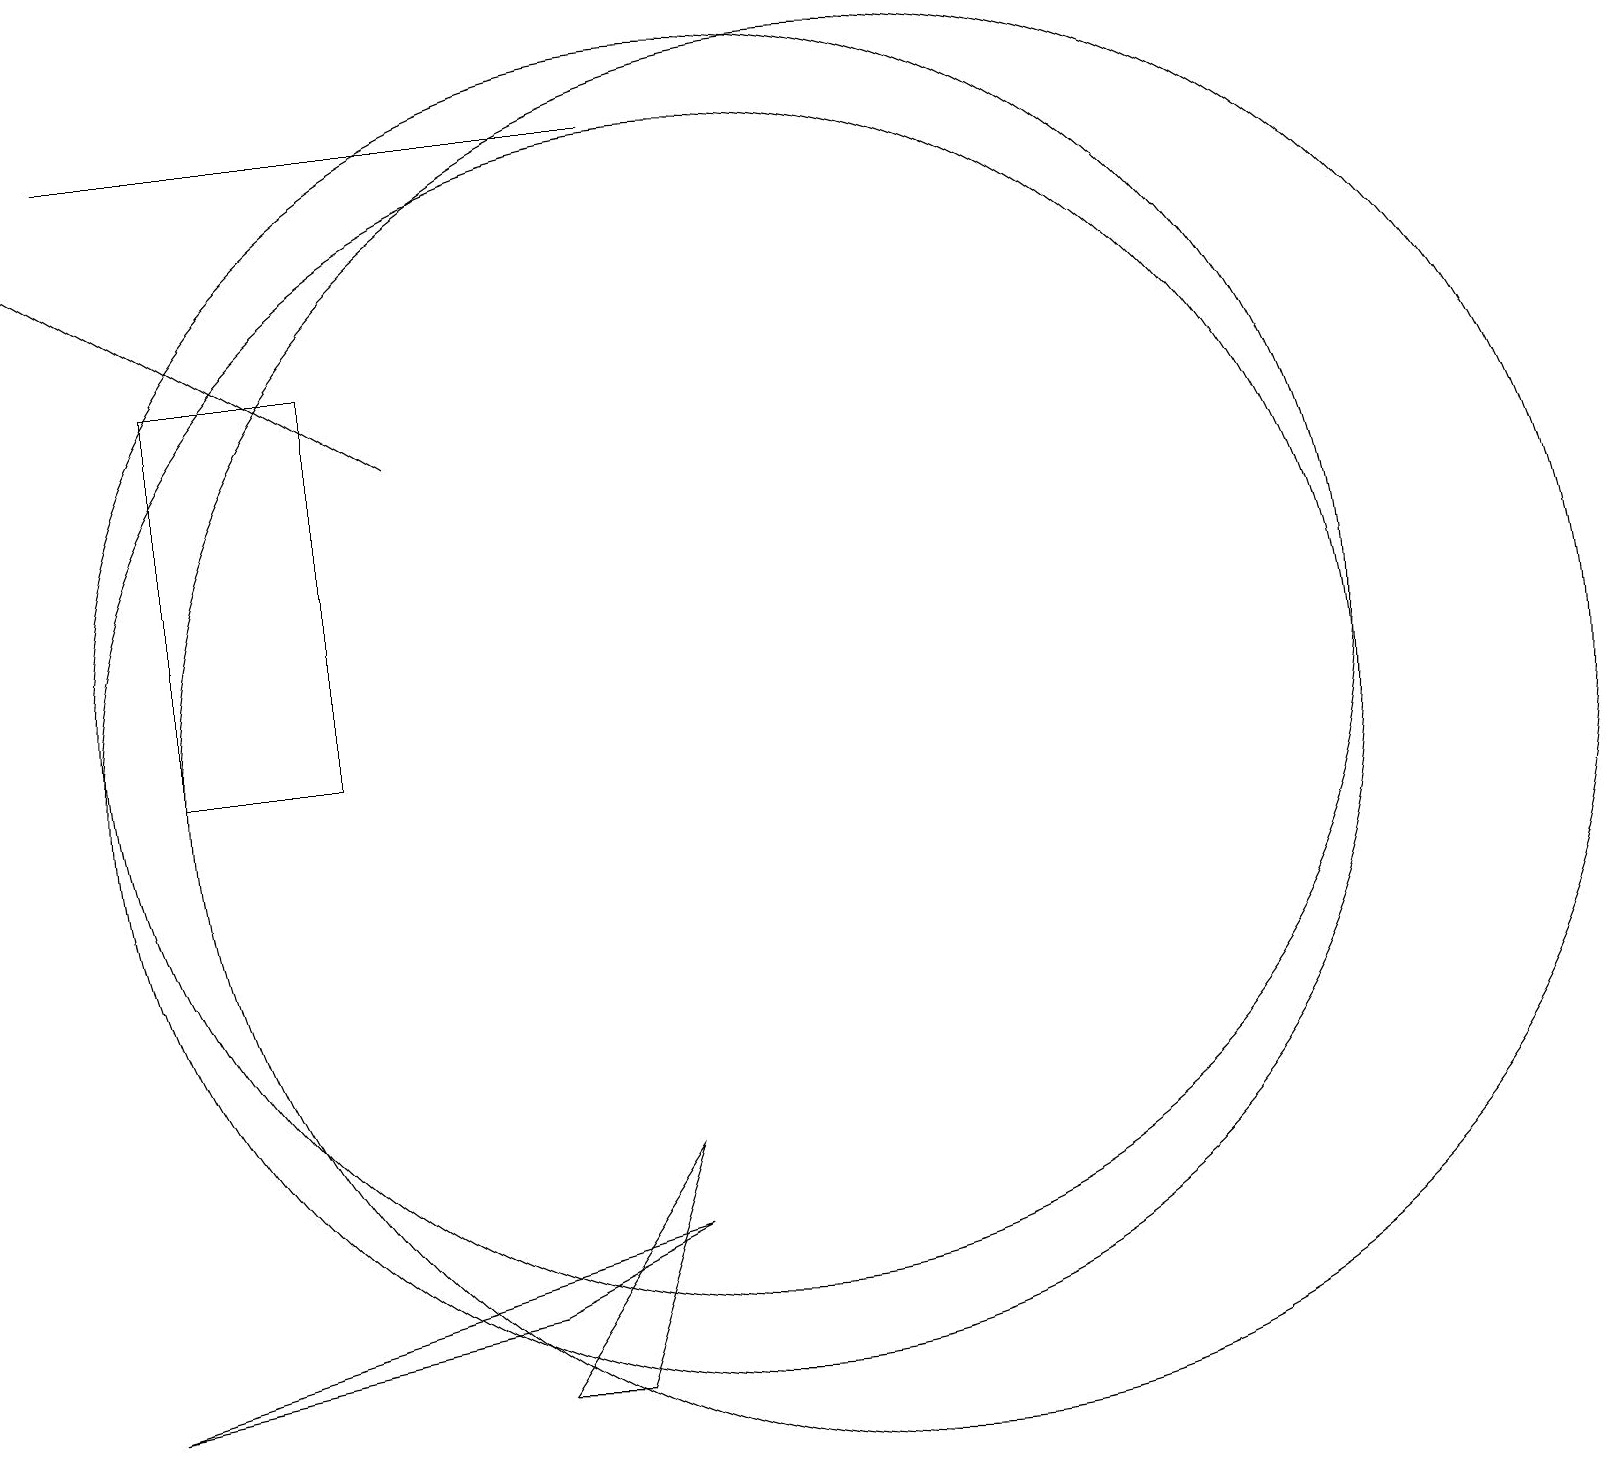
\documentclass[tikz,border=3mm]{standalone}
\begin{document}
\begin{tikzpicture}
\draw (5,15) rectangle (3,10);
\draw (10,10) circle (8);
\draw (9,5) -- (7,2) -- (8,2) -- cycle;
\draw (2,18) rectangle (9,18);
\draw (2,2) -- (9,4) -- (7,3) -- cycle;
\draw (12,10) circle (9);
\draw[->] (6,14) -- (1,17);
\draw (10,11) circle (8);
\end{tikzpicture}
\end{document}